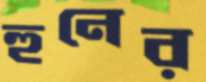
হুনের